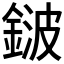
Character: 𨨏